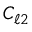
C _ { \ell 2 }